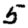
Digit: 5